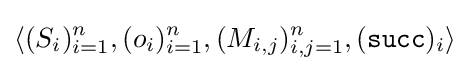
\langle (S_{i})_{i=1}^{n},(o_{i})_{i=1}^{n},(M_{i,j})_{i,j=1}^{n},({\mathtt {succ}})_{i}\rangle